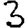
Digit: 3